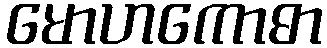
မောဟကောဓာ